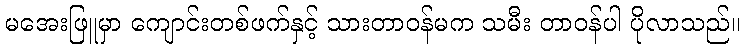
မအေးဖြူမှာ ကျောင်းတစ်ဖက်နှင့် သားတာဝန်မက သမီး တာဝန်ပါ ပိုလာသည်။